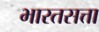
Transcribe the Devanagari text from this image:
भारतसत्ता